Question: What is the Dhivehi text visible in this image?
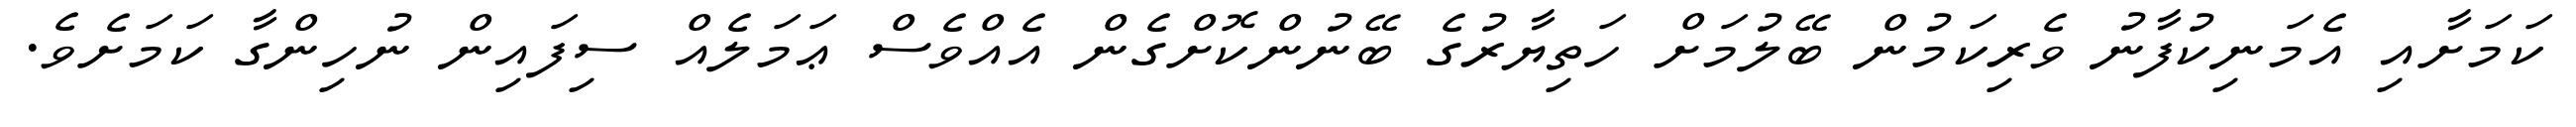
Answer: ކަމަށާއި އެމަނިކުފާނު ވެރިކަމުން ބޭލުމަށް ހަތިޔާރުގެ ބޭނުންކޮށްގެން އެއްވެސް ޢަމަލެއް ސިފައިން ނުހިންގާ ކަމަށެވެ.